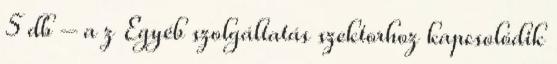
5 db – a z Egyéb szolgáltatás szektorhoz kapcsolódik